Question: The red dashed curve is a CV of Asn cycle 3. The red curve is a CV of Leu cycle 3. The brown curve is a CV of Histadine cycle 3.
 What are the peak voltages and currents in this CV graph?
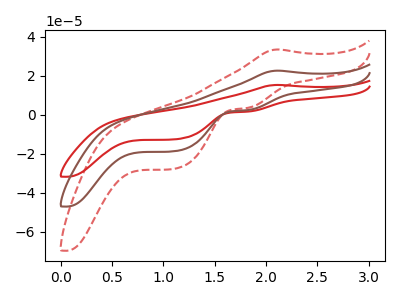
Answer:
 <answer>The red dashed curve "Asn cycle 3" has an anodic peak at (2.10V, 45.10uA) and cathodic peaks at (1.80V, 4.60uA) (1.10V, -37.40uA). The red curve "Leu cycle 3" has an anodic peak at (2.10V, 15.25uA) and cathodic peaks at (1.80V, 1.55uA) (1.10V, -12.65uA). The brown curve "Histadine cycle 3" has an anodic peak at (2.10V, 22.55uA) and cathodic peaks at (1.80V, 2.30uA) (1.10V, -18.70uA).</answer>
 <eval></eval>